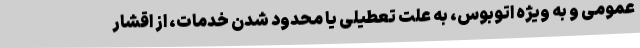
عمومی و به ویژه اتوبوس، به علت تعطیلی یا محدود شدن خدمات، از اقشار